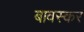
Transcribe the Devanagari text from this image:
बावस्कर